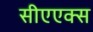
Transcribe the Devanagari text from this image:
सीएएक्स